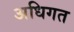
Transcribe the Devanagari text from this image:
अधिगत